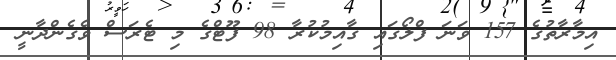
އިމާރާތުގެ 157 ވަނަ ފްލޯގައި ގާއިމުކުރާ 98 ފޫޓްގެ މި ޓެރަސް ވެގެންދާނީ